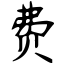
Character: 费